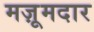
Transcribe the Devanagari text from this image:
मज़ूमदार